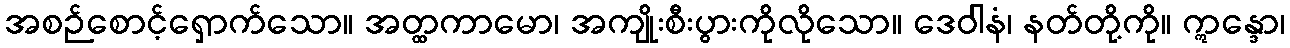
အစဉ်စောင့်ရှောက်သော။ အတ္ထကာမော၊ အကျိုးစီးပွားကိုလိုသော။ ဒေဝါနံ၊ နတ်တို့ကို။ ဣန္ဒော၊